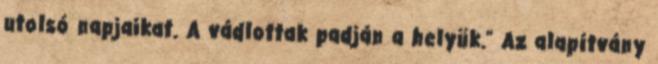
utolsó napjaikat. A vádlottak padján a helyük." Az alapítvány